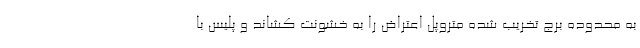
به محدوده برج تخریب شده متروپل اعتراض را به خشونت کشاند و پلیس با